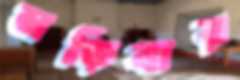
নড়িবার